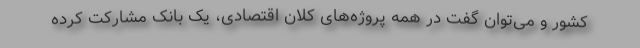
کشور و می‌توان گفت در همه پروژه‌های کلان اقتصادی، یک بانک مشارکت کرده